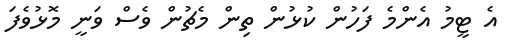
އެ ޓީމު އެންމެ ފަހުން ކުޅުން ތިން މެޗުން ވެސް ވަނީ މޮޅުވެފަ